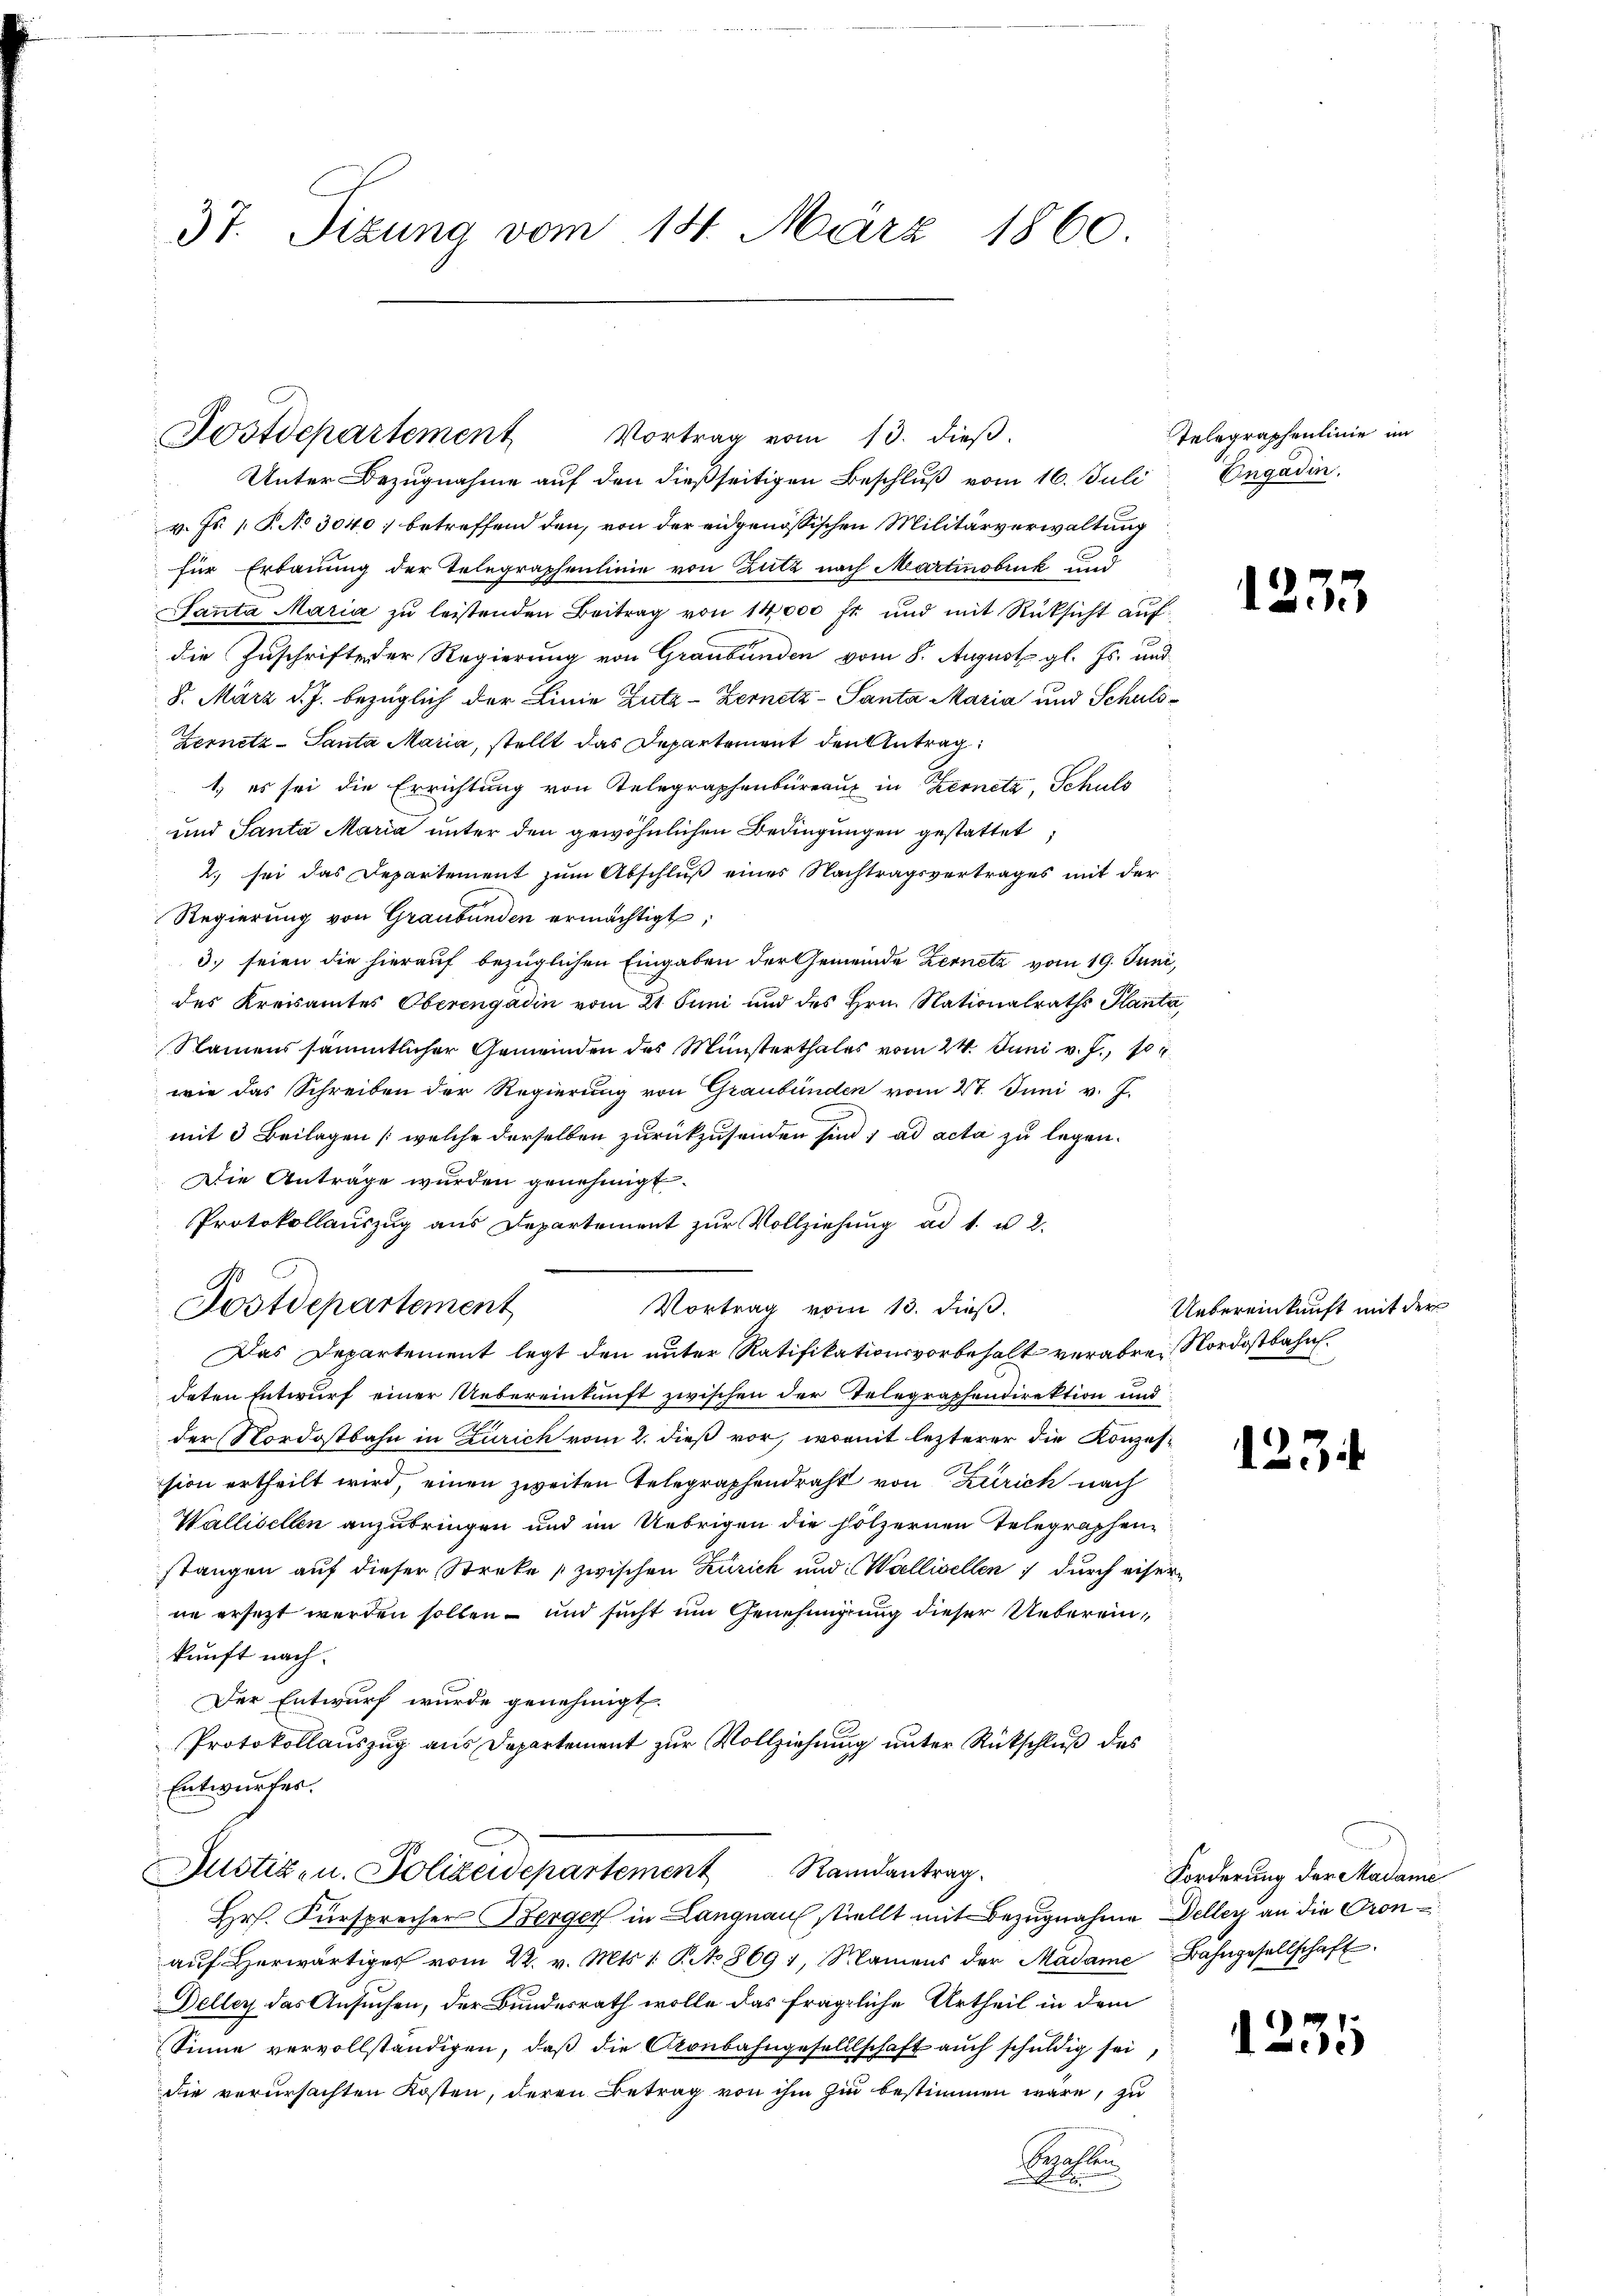
37. Sizung vom 14. März 1860

Postdepartement Vortrag vom 13. dieβ.
Unter Bezugnahme auf den dießseitigen Beschluß vom 16. Juli
v. Js. p. T. No 3040 betreffend den, von der eidgenössischen Militärverwaltung
für Erbauung der Telegraphenlinie von Zutz nach Martinsbruk und
Santa Maria zŭ leistenden Beitrag von 14,000 fr. und mit Rücksicht auf
die Zuschrifte der Regierung von Graubünden vom 8. August gl. Js. und
8. März d. J. bezüglich der Linie Zuta-Zernetz - Santa Maria und Schuld¬
Zernetz - Santa Maria, stellt das Departement den Antrag
1) es sei die Errichtung von Telegraphenbüreaux in Kerneta, Schuls
und Santa Maria unter den gewöhnlichen Bedingungen gestattet,
2. sei das Departement zum Abschluß eines Nachtragsvertrages mit der
Regierung von Graubünden ermächtigt;
3. seien die hierauf bezüglichen Eingaben der Gemeinde Zernetz vom 19. Juni,
des Kreisamtes Oberengadin vom 21. Juni und des Hrn. Nationalraths Planta,
Namens sämmtlicher Gemeinden des Münsterthales vom 24. Juni v. J., 106.
wie das Schreiben der Regierung von Graubünden vom 27. Juni v. J.
mit 3 Beilagen (welche derselben zurückzusenden sind; ad acta zu legen.
Die Anträge wurden genehmigt.
Protokollauszug aus Departement zŭr Vollziehŭng ad 1. u 2.
B
Vortrag vom 13. dieß.
Das Departement legt den unter Ratifikationsvorbehalt verabrer Nordostbahn.
deten Entwurf einer Uebereinkunft zwischen der Telegraphendirektion und
der Nordostbahn in Zürich vom 2. dieß vor, womit lezterer die Konzession ertheilt wird, einen zweiten Telegraphendraht von Zürich nach
Wallisellen anzubringen und im Uebrigen die hölzernen Telegraphenstangen auf dieser Streke zwischen Zürich und Wallisellen durch eiserne ersezt werden sollen – und sucht um Genehmigung dieser Uebereinkunft nach
Der Entwurf wurde genehmigt.
Protokollauszug aus Departement zur Vollziehung unter Rückschluß des
Entwurfes.
Justizen. Polizeidepartement Randantrag.
Hr. Fürsprecher Berger in Langnau stellt mit Bezugnahme Deller an die Gronaŭf herwärtiges vom 22. v. Mts. 1. P. No 869 1, Namens der Madame Bahngesellschaft
Deller das Ansuchen, der Bundesrath wolle das fragliche Urtheil in dem
Sinne vervollständigen, daß die Akonbahngesellschaft auch schuldig sei
die verursachten Kosten, deren Betrag von ihm hin bestimmen wäre, zu
Sezahlen
x

Fostdepartement

Telegraphenlinie im
Engadin.

1233

Uebereinkunft mit der

1231

Forderung der Madame

1